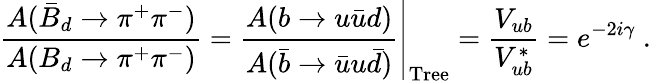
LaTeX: \frac{A(\bar{B}_{d}\to\pi^{+}\pi^{-})}{A(B_{d}\to\pi^{+}\pi^{-})}=\left.\frac{A(b\to u\bar{u}d)}{A(\bar{b}\to\bar{u}u\bar{d})}\right|_{\mathrm{Tree}}=\frac{V_{ub}}{V_{ub}^{*}}=e^{-2i\gamma}~.